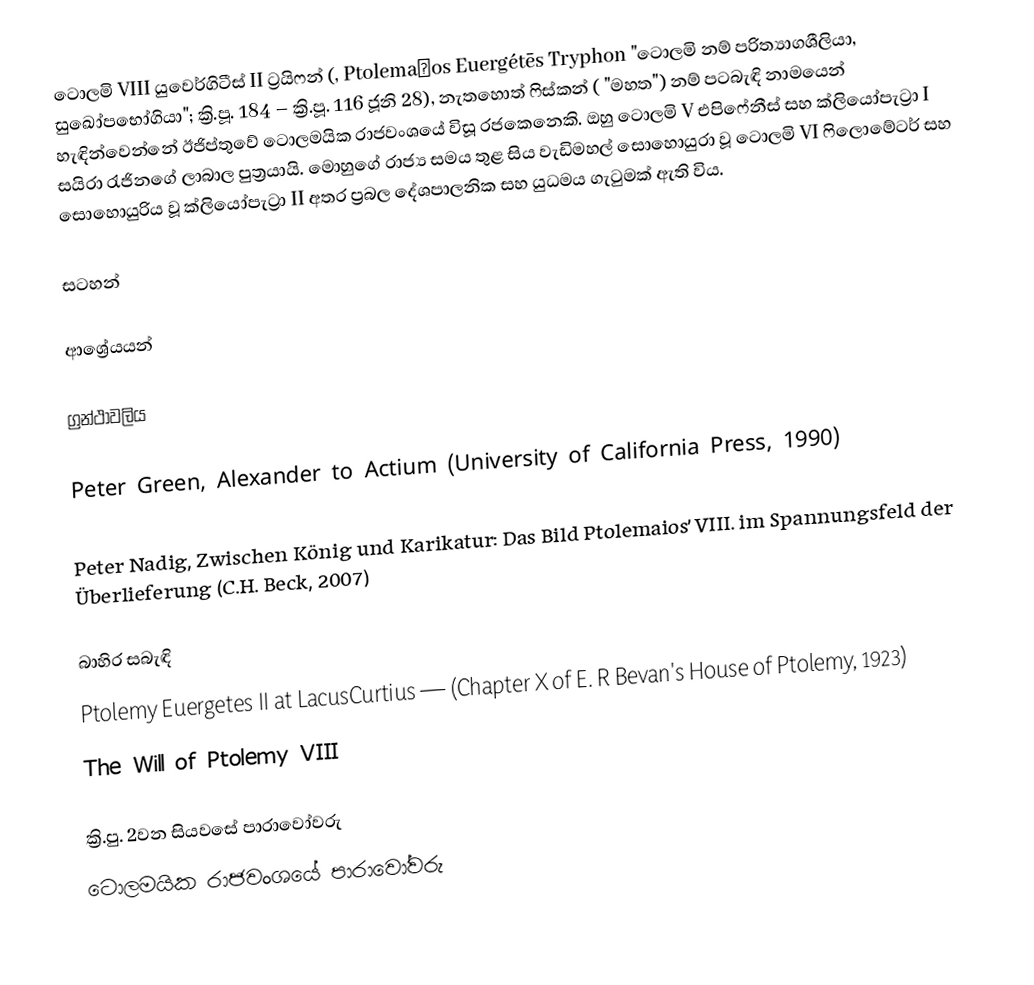
ටොලමි VIII යුවෙර්ගිටීස් II ට්‍රයිෆන් (, Ptolemaĩos Euergétēs Tryphon "ටොලමි නම් පරිත්‍යාගශීලියා, සුඛෝපභෝගියා"; ක්‍රි.පූ. 184 – ක්‍රි.පූ. 116 ජූනි 28), නැතහොත් ෆිස්කන් ( "මහත") නම් පටබැඳි නාමයෙන් හැඳින්වෙන්නේ ඊජිප්තුවේ ටොලමයික රාජවංශයේ විසූ රජකෙනෙකි. ඔහු ටොලමි V එපිෆේනීස් සහ ක්ලියෝපැට්‍රා I සයිරා රැජිනගේ ලාබාල පුත්‍රයායි. මොහුගේ රාජ්‍ය සමය තුළ සිය වැඩිමහල් සොහොයුරා වූ ටොලමි VI ෆිලොමේටර් සහ සොහොයුරිය වූ ක්ලියෝපැට්‍රා II අතර ප්‍රබල දේශපාලනික සහ යුධමය ගැටුමක් ඇති විය.

සටහන්

ආශ්‍රේයයන්

ග්‍රන්ථාවලිය

 Peter Green, Alexander to Actium (University of California Press, 1990)

 Peter Nadig, Zwischen König und Karikatur: Das Bild Ptolemaios’ VIII. im Spannungsfeld der Überlieferung (C.H. Beck, 2007)

බාහිර සබැඳි
Ptolemy Euergetes II at LacusCurtius — (Chapter X of E. R Bevan's House of Ptolemy, 1923)
 The Will of Ptolemy VIII

ක්‍රි.පු. 2වන සියවසේ පාරාවෝවරු
ටොලමයික රාජවංශයේ පාරාවෝවරු